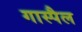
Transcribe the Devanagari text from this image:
गास्पैल